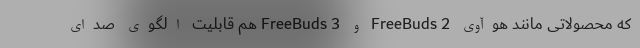
که محصولاتی مانند هوآوی FreeBuds 2 و FreeBuds 3 هم قابلیت الگوی صدای